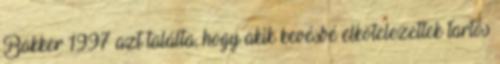
Bakker 1997 azt találta, hogy akik kevésbé elkötelezettek tartós